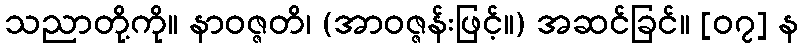
သညာတို့ကို။ နာဝဇ္ဇတိ၊ (အာဝဇ္ဇန်းဖြင့်။) အဆင်ခြင်။ [၀၇] န